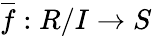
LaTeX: {\overline{{f}}}:R/I\to S